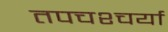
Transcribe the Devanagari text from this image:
तपचश्चर्या